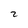
Character: 2